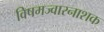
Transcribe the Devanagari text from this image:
विषमज्वारनाशक